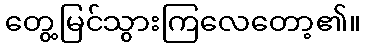
တွေ့မြင်သွားကြလေတော့၏။